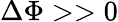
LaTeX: \Delta\Phi>>0